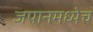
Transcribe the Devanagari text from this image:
जपानमध्येच